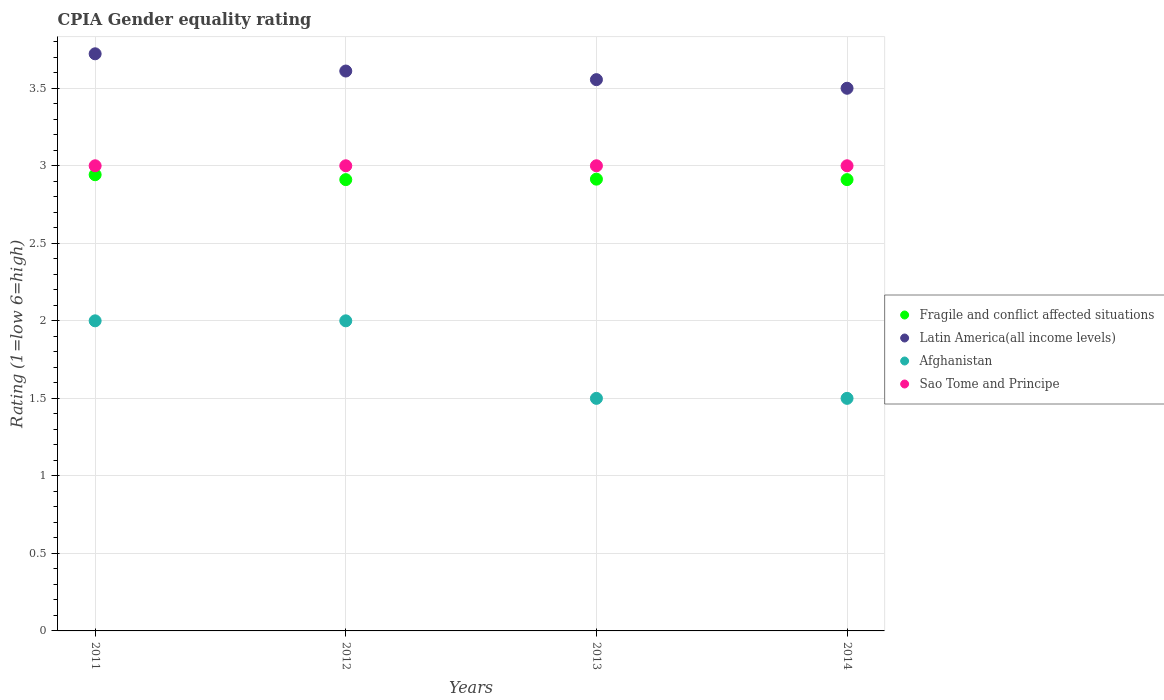
| Years | Fragile and conflict affected situations | Latin America(all income levels) | Afghanistan | Sao Tome and Principe |
 | --- | --- | --- | --- | --- |
 | 2011 | 2.94 | 3.72 | 2 | 3 |
 | 2012 | 2.91 | 3.61 | 2 | 3 |
 | 2013 | 2.91 | 3.56 | 1.5 | 3 |
 | 2014 | 2.91 | 3.5 | 1.5 | 3 |